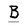
Character: B